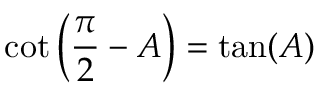
\cot \left( { \frac { \pi } { 2 } } - A \right) = \tan ( A )